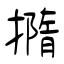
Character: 撱